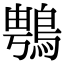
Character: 䳙